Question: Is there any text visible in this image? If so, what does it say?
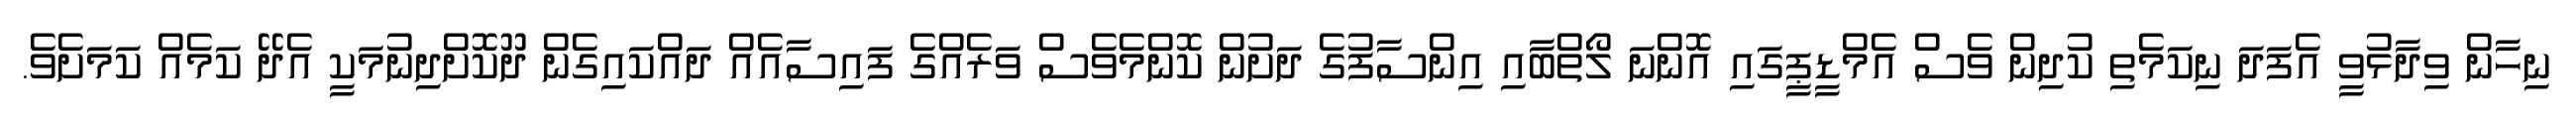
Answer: ނިހާން ވިދާޅުވީ އެފަދަ ނިކަމެތި ކުދިން ވެސް އެމްޑީޕީގައި އޮންނަ ލޯތްބާއި އިންސާފުގެ ދަށުން ކޮންމެވެސް ވަރެއްގެ ފައިސާއެއް ދައްކައިގެން ދޫކޮށްދިނުމަކީ އެދޭ ކަމެއް ކަމަށެވެ.